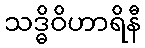
သဒ္ဓိဝိဟာရိနီ